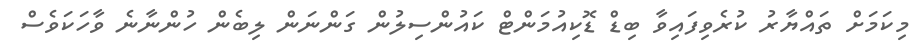
މިކަމަށް ތައްޔާރު ކުރެވިފައިވާ ބިޑް ޑޮކިއުމަންޓް ކައުންސިލުން ގަންނަން ލިބެން ހުންނާނެ ވާހަކަވެސް